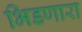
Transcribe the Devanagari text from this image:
भिडणारा